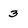
Character: 3